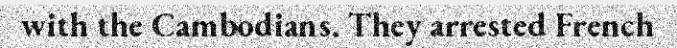
with the Cambodians. They arrested French